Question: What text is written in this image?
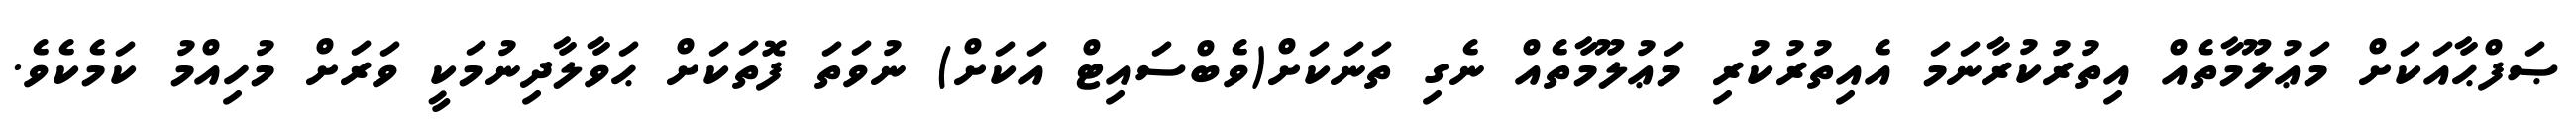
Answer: ޞަފްޙާއަކަށް މަޢުލޫމާތެއް އިތުރުކުރާނަމަ އެއިތުރުކުރި މަޢުލޫމާތެއް ނެގި ތަނަކަށް(ވެބްސައިޓް އަކަށް) ނުވަތަ ފޮތަކަށް ޙަވާލާދިނުމަކީ ވަރަށް މުހިއްމު ކަމެކެވެ.